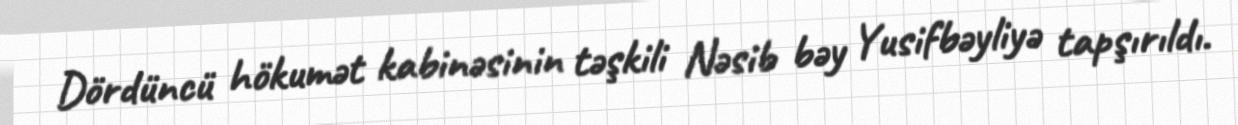
Dördüncü hökumət kabinəsinin təşkili Nəsib bəy Yusifbəyliyə tapşırıldı.